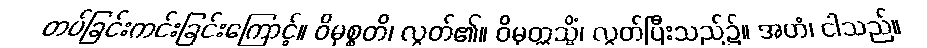
တပ်ခြင်းကင်းခြင်းကြောင့်။ ဝိမုစ္စတိ၊ လွတ်၏။ ဝိမုတ္တသ္မိံ၊ လွတ်ပြီးသည်၌။ အဟံ၊ ငါသည်။